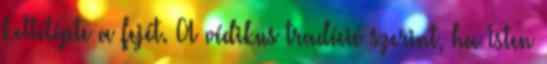
kettétépte a fejét. A védikus tradíció szerint, ha Isten